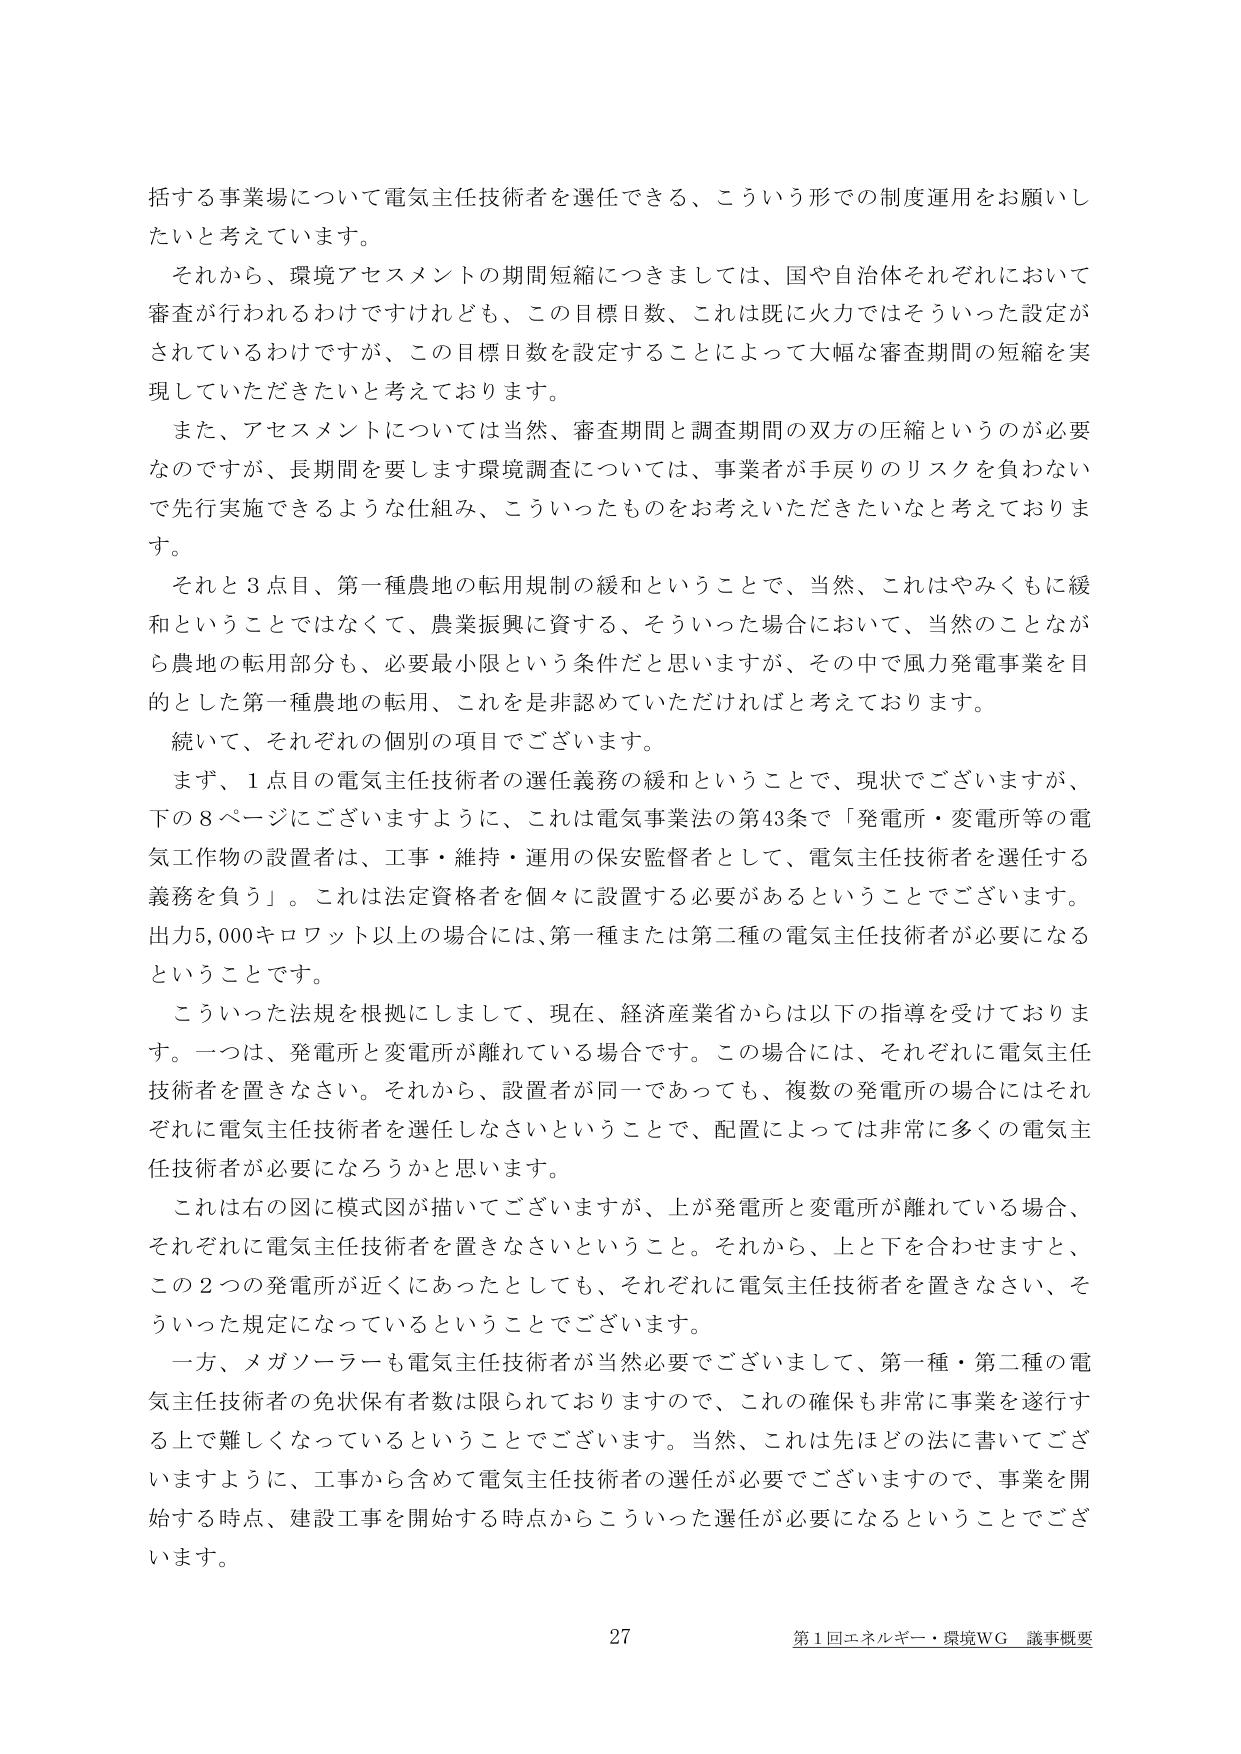
括する事業場について電気主任技術者を選任できる、こういう形での制度運用をお願いしたいと考えています。

それから、環境アセスメントの期間短縮につきましては、国や自治体それぞれにおいて審査が行われるわけですが、この目標日数、これは既に火力ではそういった設定がされているわけですが、この目標日数を設定することによって大幅な審査期間の短縮を実現していただきたいと考えております。

また、アセスメントについては当然、審査期間と調査期間の双方の圧縮というのが必要なのですが、長期間を要します環境調査については、事業者が手戻りのリスクを負わないで先行実施できるような仕組み、こういったものをお考えいただきたいなと考えております。

それと3点目、第一種農地の転用規制の緩和ということで、当然、これはやみくもに緩和ということではなくて、農業振興に資する、そういった場合において、当然のことながら農地の転用部分も、必要最小限という条件だと思いますが、その中で風力発電事業を目的とした第一種農地の転用、これを是非認めていただければと考えております。

続いて、それぞれの個別の項目でございます。

まず、1点目の電気主任技術者の選任義務の緩和ということで、現状でございますが、下の8ページにございますように、これは電気事業法の第43条で「発電所・変電所等の電気工作物の設置者は、工事・維持・運用の保安監督者として、電気主任技術者を選任する義務を負う」。これは法定資格者を個々に設置する必要があるということでございます。出力5,000キロワット以上の場合には、第一種または第二種の電気主任技術者が必要になるということです。

こういった法規を根拠にしまして、現在、経済産業省からは以下の指導を受けております。一つは、発電所と変電所が離れている場合です。この場合には、それぞれに電気主任技術者を置きなさい。それから、設置者が同一であっても、複数の発電所の場合にはそれぞれに電気主任技術者を選任しなさいということで、配置によっては非常に多くの電気主任技術者が必要になろうかと思います。

これは右の図に模式図が描いてございますが、上が発電所と変電所が離れている場合、それぞれに電気主任技術者を置きなさいということ。それから、上下を合わせますと、この2つの発電所が近くにあったとしても、それぞれに電気主任技術者を置きなさい、そういった規定になっているということでございます。

一方、メガソーラーも電気主任技術者が当然必要でございまして、第一種・第二種の電気主任技術者の免状保有者数は限られておりますので、これの確保も非常に事業を遂行する上で難しくなっているということでございます。当然、これは先ほどの法に書いてございますように、工事から含めて電気主任技術者の選任が必要でございますので、事業を開始する時点、建設工事を開始する時点からこういった選任が必要になるということでございます。

27
第1回エネルギー・環境WG 議事概要